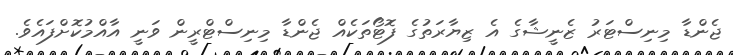
ޖެންޑާ މިނިސްޓަރު ޒެނީޝާގެ އެ ޒިޔާރަތުގެ ފޮޓޯތަކެއް ޖެންޑާ މިނިސްޓްރީން ވަނީ އާއްމުކޮށްފައެވެ.